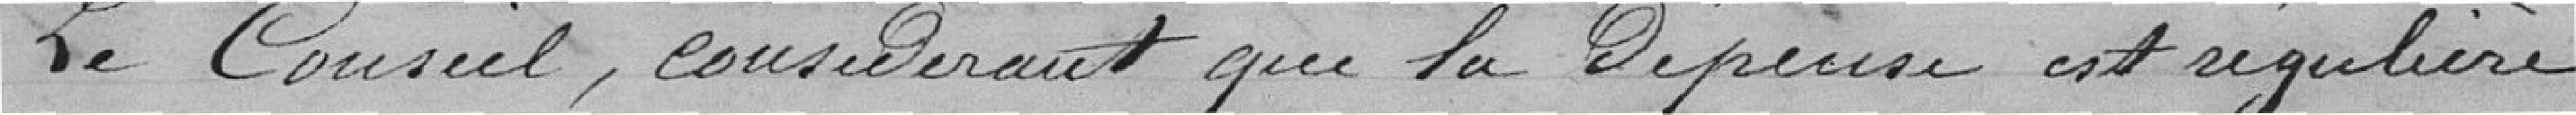
Le Conseil, considérant que la dépense est régulière